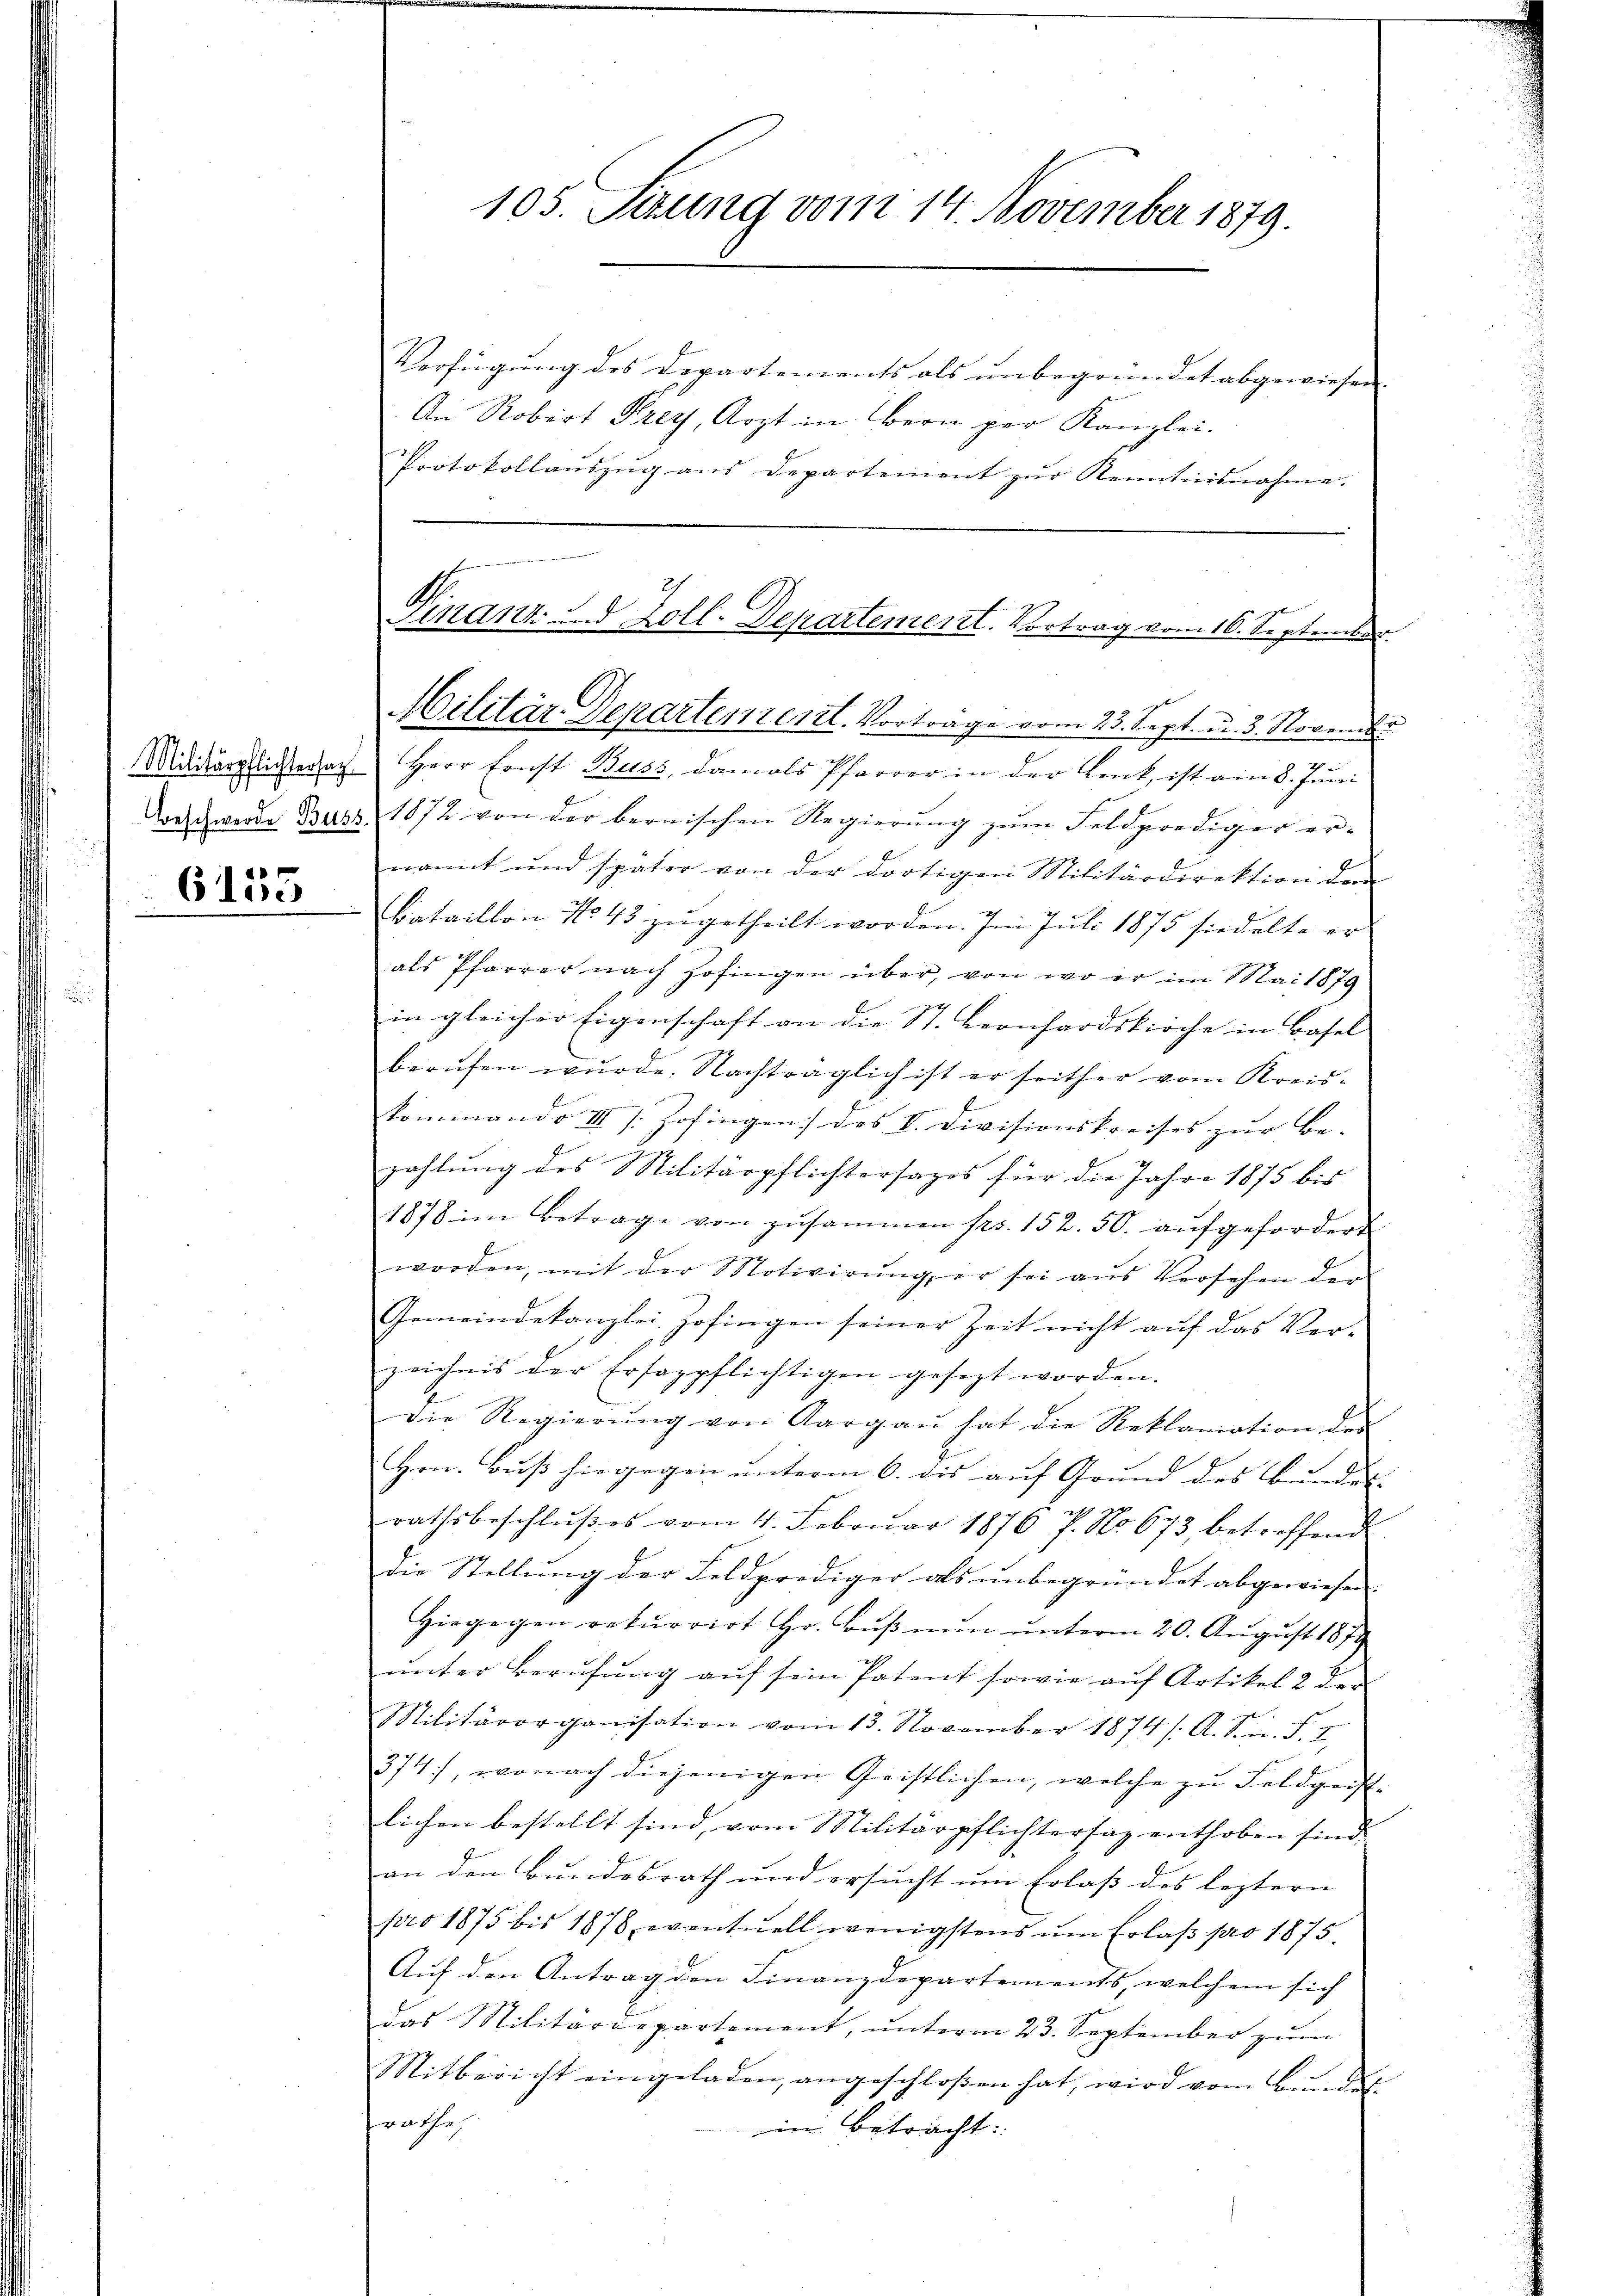
6135

Protokollaŭszŭg ans Departement zŭr Kenntnisnahme.

105. Sitzung vom 14. November 1879.
Verfügung des Departements als ŭnbegründet abgewiesen
An Robirt Frey, Arzt in Bern per Kanzlei.

Finanz-d Zoll-Departement. Vortrag vom 16. September
Militär-Departentent. Vortrage vom 23. Sept. u. 3. November

¬
2
Midiärpflichterat Herr Ernst Buss, damals Pfarrer in der Lenk, ist am 8. Juni
Daschwerde Bust 1872 von der bernischen Regierung zum Feldprediger erx
nannt und später von der dortigen Militärdirektion den
Bataillon No 43 zugetheilt worden. Im Juli 1875 siedelte er
als Pfarrer nach Zofingen über, von wo er im Mai 1879
in gleicher Eigenschaft an die St. Leonhardskirche in Basel
berufen wurde. Nachträglich ist er seither vom Kreis-
kommando III s. Zofingen des V. Divisionskreises zur Be-
zahlung des Militärpflichtersages für die Jahre 1875 bis
1878 im Betrage von zusammen Pro. 152. 50. aŭfgefordert
worden, mit der Motivirŭng er sei aŭs Versehen der
Gemeindekanzlei Zofingen seiner Zeit nicht auf das Ver-
zeichnis der Ersazpflichtigen gesezt worden.
die Regierŭng von Aargaŭ hat die Reklaration der
Hrn. Buß hingegen unterm 6. dis auf Grund des Bundes- |
rathsbeschlußes vom 4. Februar 1876 P. No 673, betreffend
die Stellung der Feldprediger als unbegründet abgewiesen.
Hiegegen rekurrirt Hr. Bŭβnŭn ŭnterm 20. Aŭgŭst 187
ŭnter Berufung aŭf sein Patent sowie auf Artikel 2 der
Militärorganisation vom 13. November 1874 /: A. S. J. I.
374), wonach diejenigen Geistlichen, welche zŭ Feldgeist-
lichen bestellt sind, vom Militärpflichtersaz enthoben sind,
an den Bundesrath und ersucht um Erlaß des letztern
pro 1875 bis 1878, eventuell wenigstens ŭm Erlaβ pro 1875.
Auf den Antrag den Finanzdepartements, welchem sich
das Militärdepartement, unterm 23. September zum
Mitbericht eingeladen angeschloßen hat, wird vom Bunde
rathe
eim Betracht: